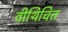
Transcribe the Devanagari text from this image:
वीथिचित्त